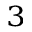
_ 3